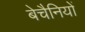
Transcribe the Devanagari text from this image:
बेचैनियों